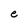
Character: e